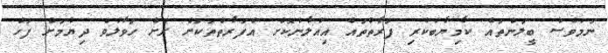
ނަމަވެސް ބީލަންތައް ކާމިޔާބުކުރި ފަރާތްތައް އިއުލާނުކޮށް އެފަރާތްތަކަށް ރަށް ހަވާލުވެ ދިޔުމަށް ފަހު